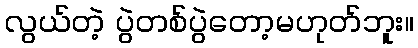
လွယ်တဲ့ ပွဲတစ်ပွဲတော့မဟုတ်ဘူး။